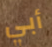
أبي